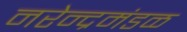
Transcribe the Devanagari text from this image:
नरेन्द्रमंडळ